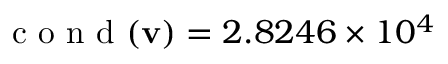
\mathrm { ~ c ~ o ~ n ~ d ~ } ( \mathbf { v } ) = 2 . 8 2 4 6 \times 1 0 ^ { 4 }